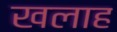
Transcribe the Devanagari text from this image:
खलाह